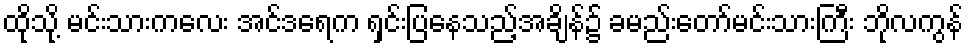
ထိုသို့ မင်းသားကလေး အင်ဒရေက ရှင်းပြနေသည့်အချိန်၌ ခမည်းတော်မင်းသားကြီး ဘိုလကွန်